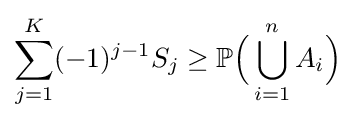
\sum _{j=1}^{K}(-1)^{j-1}S_{j}\geq \mathbb {P} {\Big (}\bigcup _{i=1}^{n}A_{i}{\Big )}